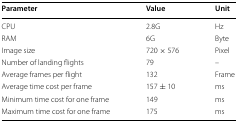
<table><thead><tr><td><b>Parameter</b></td><td><b>Value</b></td><td><b>Unit</b></td></tr></thead><tbody><tr><td>CPU</td><td>2.8G</td><td>Hz</td></tr><tr><td>RAM</td><td>6G</td><td>Byte</td></tr><tr><td>Image size</td><td>720 × 576</td><td>Pixel</td></tr><tr><td>Number of landing flights</td><td>79</td><td>–</td></tr><tr><td>Average frames per flight</td><td>132</td><td>Frame</td></tr><tr><td>Average time cost per frame</td><td>157 ± 10</td><td>ms</td></tr><tr><td>Minimum time cost for one frame</td><td>149</td><td>ms</td></tr><tr><td>Maximum time cost for one frame</td><td>175</td><td>ms</td></tr></tbody></table>